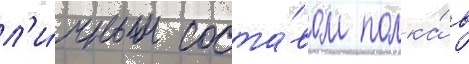
л'и́чным соста́вом полка́ в